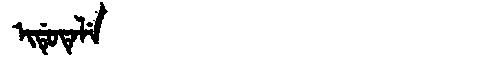
Manchu: ᡳᡩᡠᡨᡝᠯᡝ
Romanization: IDUTELE